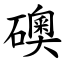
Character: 礇